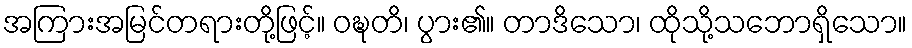
အကြားအမြင်တရားတို့ဖြင့်။ ဝဍ္ဎတိ၊ ပွား၏။ တာဒိသော၊ ထိုသို့သဘောရှိသော။